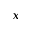
x